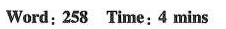
Word: 258 Time:4 mins